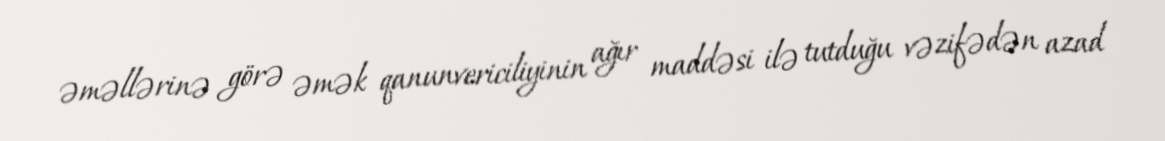
əməllərinə görə əmək qanunvericiliyinin ağır maddəsi ilə tutduğu vəzifədən azad